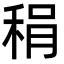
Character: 䅌